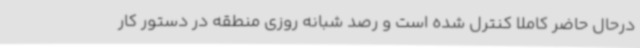
درحال حاضر کاملا کنترل شده است و رصد شبانه روزی منطقه در دستور کار